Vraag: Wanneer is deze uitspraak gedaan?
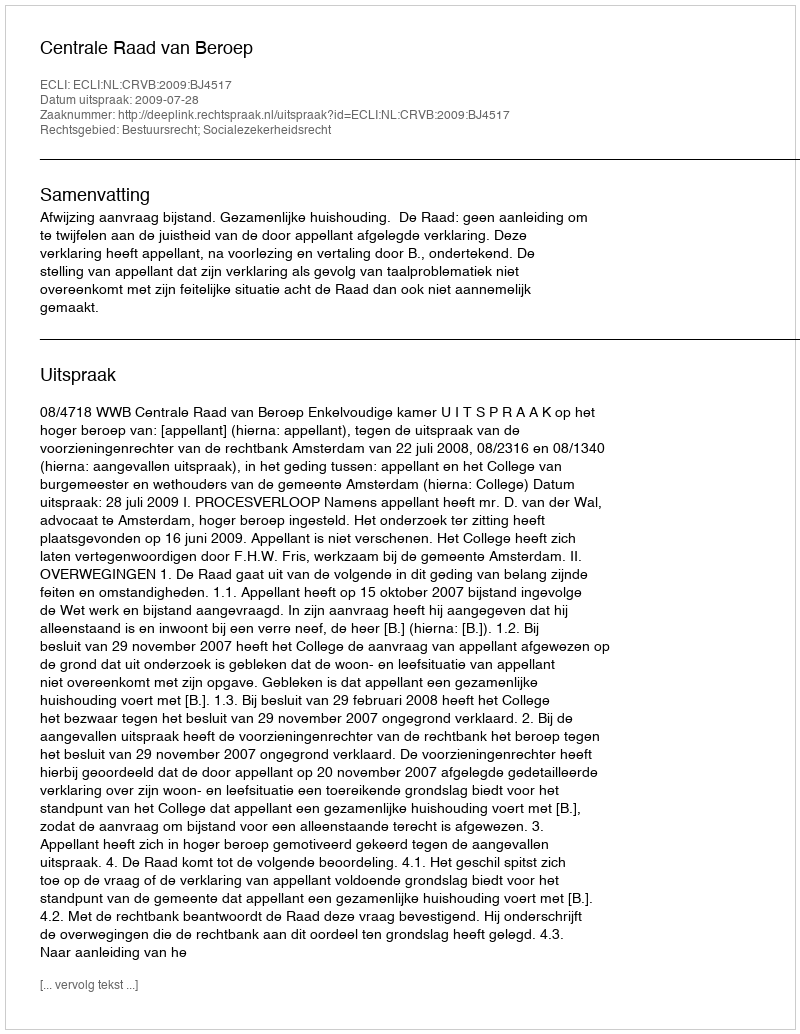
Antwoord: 2009-07-28